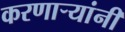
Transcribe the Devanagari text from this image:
करणार्‍यांनी